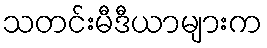
သတင်းမီဒီယာများက